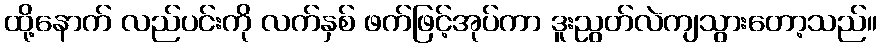
ထို့နောက် လည်ပင်းကို လက်နှစ် ဖက်ဖြင့်အုပ်ကာ ဒူးညွတ်လဲကျသွားတော့သည်။